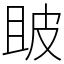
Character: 𤿚